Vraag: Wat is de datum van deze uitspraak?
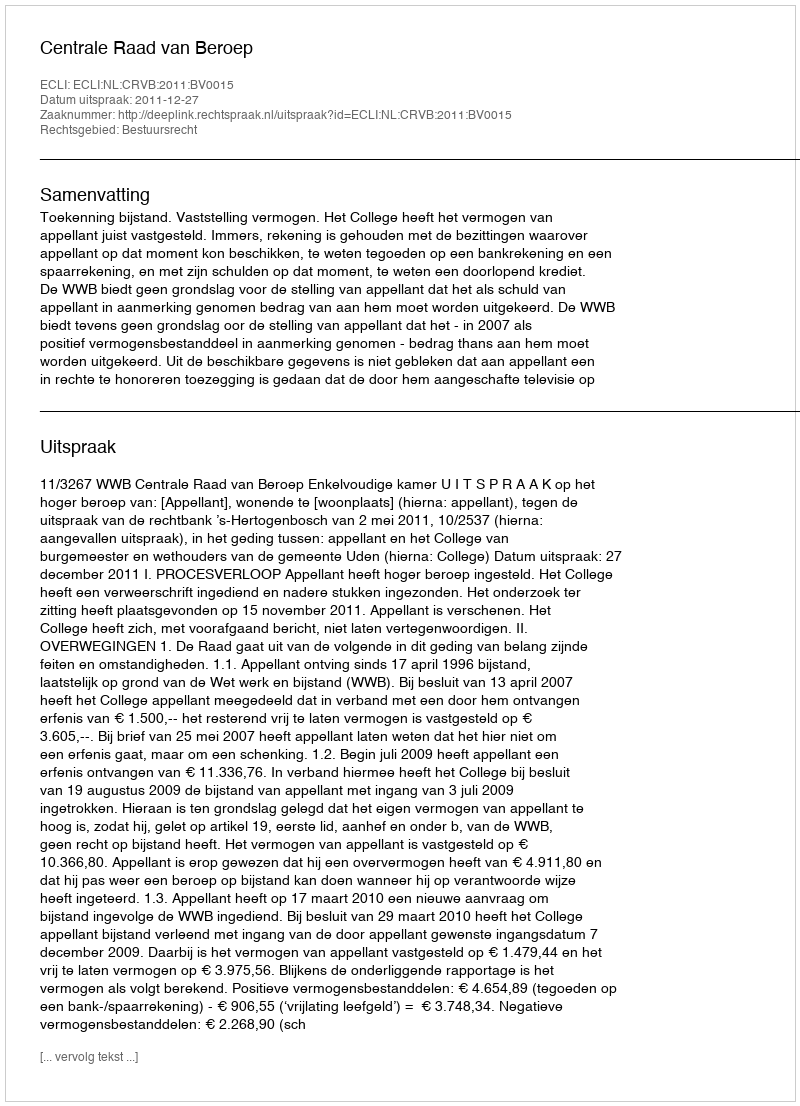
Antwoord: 2011-12-27